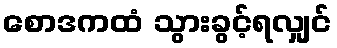
စောဒကထံ သွားခွင့်ရလျှင်